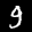
Label: 9